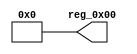
module r_VENDOR_ID_LOW(output wire [7:0] reg_0x00);
	assign reg_0x00=8'h00;
endmodule